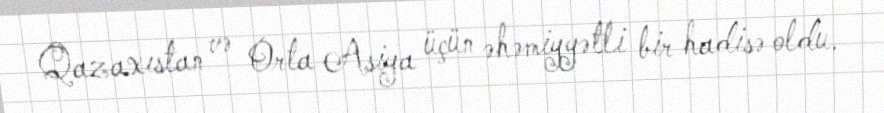
Qazaxıstan və Orta Asiya üçün əhəmiyyətli bir hadisə oldu.